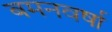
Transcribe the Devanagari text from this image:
बमनवर्षा